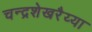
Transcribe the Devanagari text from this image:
चन्द्रशेखरैय्या